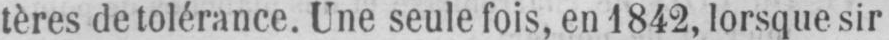
tères de tolérance. Une seule fois, en 1842, lorsque sir